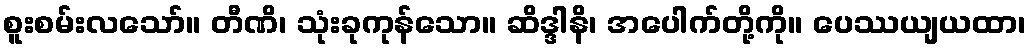
စူးစမ်းလသော်။ တီဏိ၊ သုံးခုကုန်သော။ ဆိဒ္ဒါနိ၊ အပေါက်တို့ကို။ ပေဿယျယထာ၊